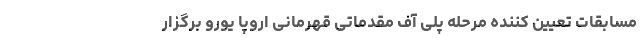
مسابقات تعیین کننده مرحله پلی آف مقدماتی قهرمانی اروپا یورو برگزار